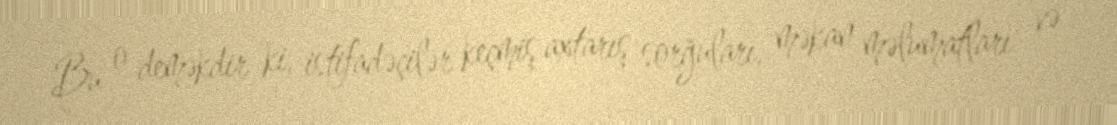
Bu o deməkdir ki, istifadəçilər keçmiş axtarış sorğuları, məkan məlumatları və